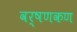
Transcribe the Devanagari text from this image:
वर्षणकण